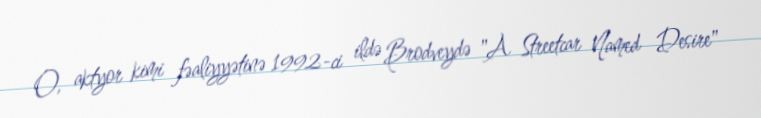
O, aktyor kimi fəaliyyətinə 1992-ci ildə Brodveydə "A Streetcar Named Desire"